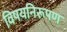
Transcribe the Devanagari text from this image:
विषयनिरूपण